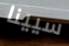
سيينا